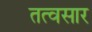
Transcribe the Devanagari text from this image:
तत्वसार